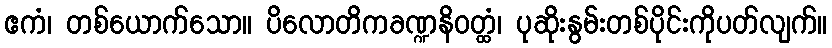
ဧကံ၊ တစ်ယောက်သော။ ပိလောတိကခဏ္ဍနိဝတ္ထံ၊ ပုဆိုးနွမ်းတစ်ပိုင်းကိုပတ်လျက်။